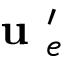
\textbf { u } _ { e } ^ { \prime }